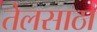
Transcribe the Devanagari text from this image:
तेलसाठा